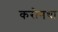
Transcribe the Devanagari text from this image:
करोनथा